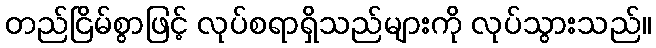
တည်ငြိမ်စွာဖြင့် လုပ်စရာရှိသည်များကို လုပ်သွားသည်။